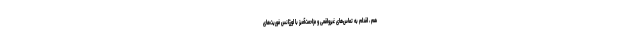
هم ، اقدام به تماس‌های غیرواقعی و مزاحمت‌آمیز با اورژانس فوریت‌های